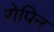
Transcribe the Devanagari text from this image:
रोपिन